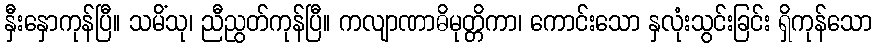
နှီးနှောကုန်ပြီ။ သမိံသု၊ ညီညွတ်ကုန်ပြီ။ ကလျာဏာဓိမုတ္တိကာ၊ ကောင်းသော နှလုံးသွင်းခြင်း ရှိကုန်သော